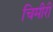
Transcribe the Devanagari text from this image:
चिमीरी